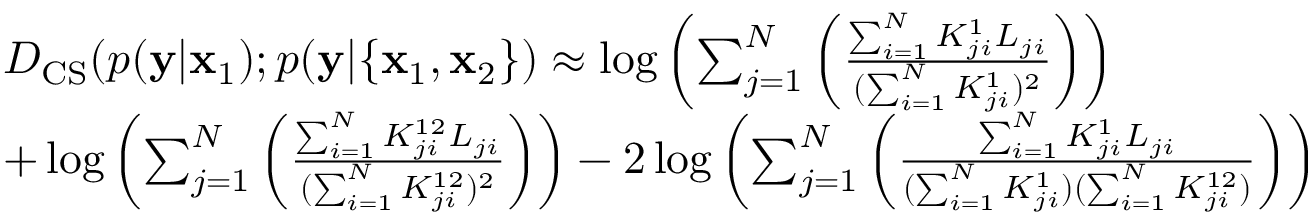
\begin{array} { r l } & { D _ { \mathrm { C S } } ( p ( \mathbf { y } | \mathbf { x } _ { 1 } ) ; p ( \mathbf { y } | \{ \mathbf { x } _ { 1 } , \mathbf { x } _ { 2 } \} ) \approx \log \left( \sum _ { j = 1 } ^ { N } \left( \frac { \sum _ { i = 1 } ^ { N } K _ { j i } ^ { 1 } L _ { j i } } { ( \sum _ { i = 1 } ^ { N } K _ { j i } ^ { 1 } ) ^ { 2 } } \right) \right) } \\ & { + \log \left( \sum _ { j = 1 } ^ { N } \left( \frac { \sum _ { i = 1 } ^ { N } K _ { j i } ^ { 1 2 } L _ { j i } } { ( \sum _ { i = 1 } ^ { N } K _ { j i } ^ { 1 2 } ) ^ { 2 } } \right) \right) - 2 \log \left( \sum _ { j = 1 } ^ { N } \left( \frac { \sum _ { i = 1 } ^ { N } K _ { j i } ^ { 1 } L _ { j i } } { ( \sum _ { i = 1 } ^ { N } K _ { j i } ^ { 1 } ) ( \sum _ { i = 1 } ^ { N } K _ { j i } ^ { 1 2 } ) } \right) \right) } \end{array}